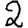
Digit: 2